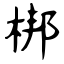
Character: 梆